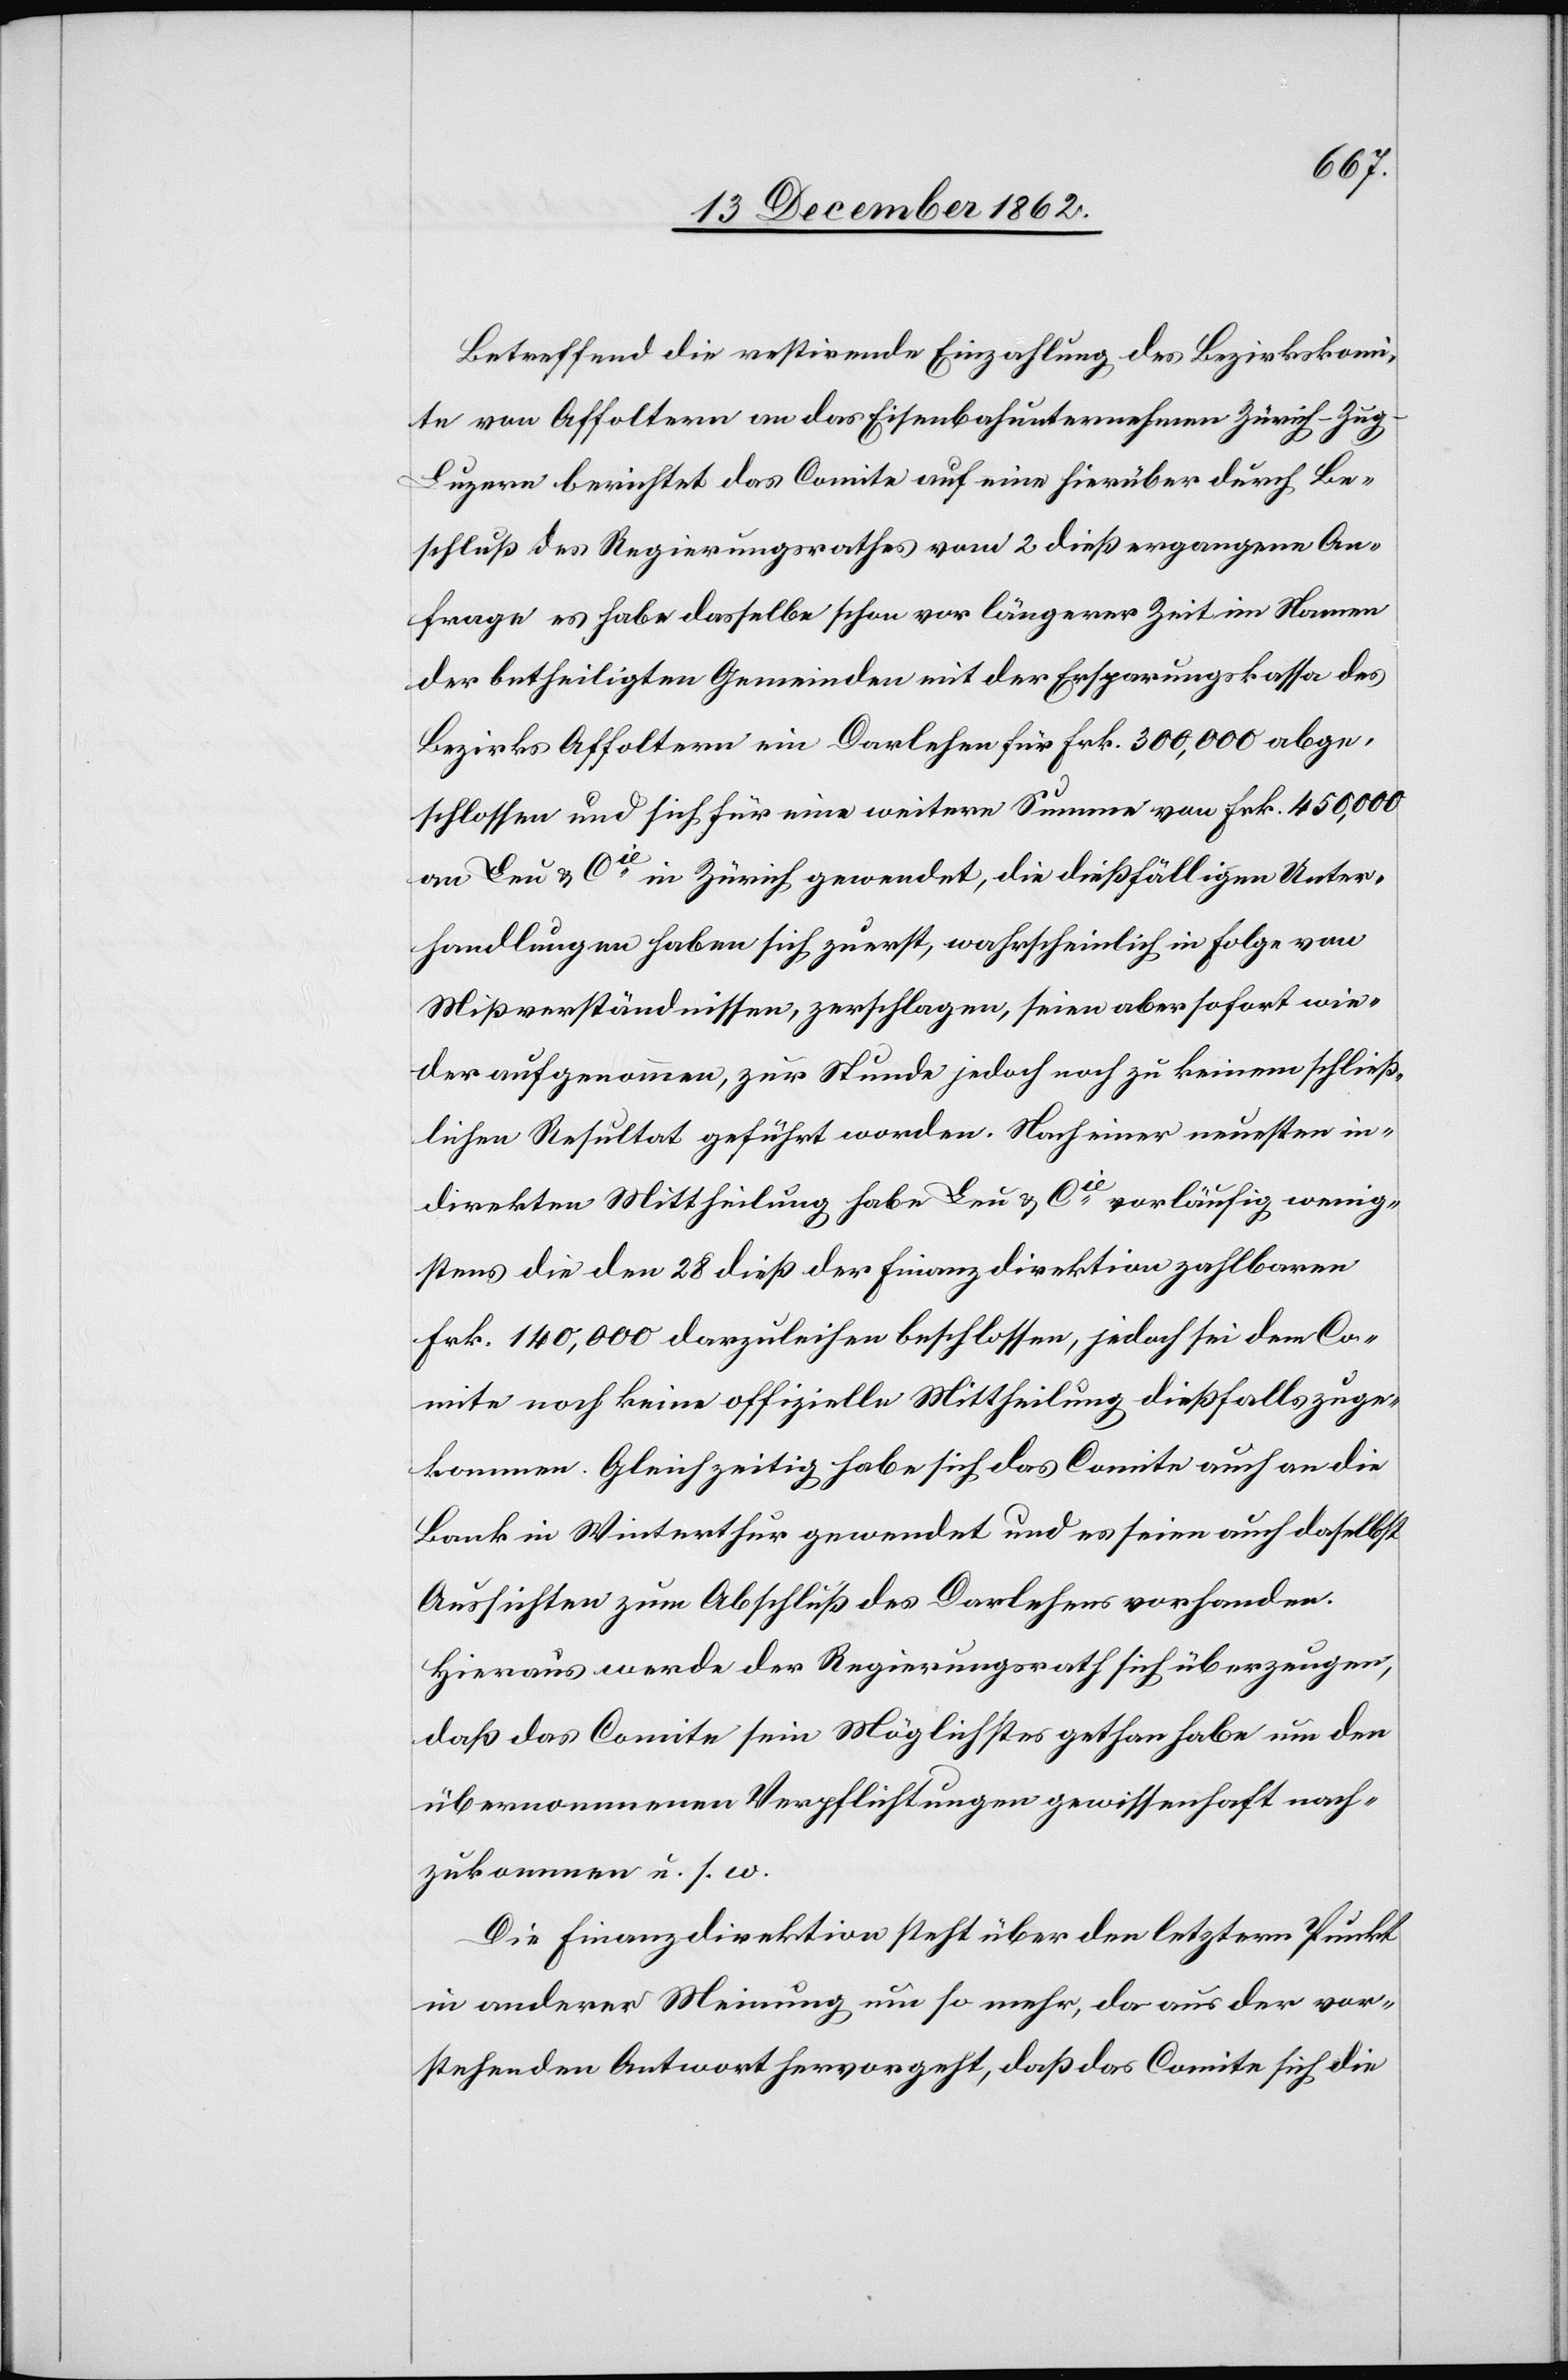
Betreffend die restirende Einzahlung des Bezirkskomi¬
te von Affoltern an das Eisenbahnunternehmen Zürich–Zug–L¬
uzern berichtet das Comite auf eine hierüber durch Be¬
schluß des Regierungsrathes vom 2. dieß ergangene An¬
frage es habe dasselbe schon vor längerer Zeit im Namen
der betheiligten Gemeinden mit der Ersparungskassa des
Bezirks Affoltern ein Darlehen für Frk. 300,000 abge¬
schlossen und sich für eine weitere Summe von Frk. 450,000
an Leu u. Cie in Zürich gewendet, die dießfälligen Unter¬
handlungen haben sich zuerst, wahrscheinlich in Folge von
Mißverständnissen, zerschlagen, seien aber sofort wie¬
der aufgenommen, zur Stunde jedoch noch zu keinem schließ¬
lichen Resultat geführt worden. Nach einer neusten in¬
direkten Mittheilung habe Leu u. Cie vorläufig wenig¬
stens die den 28. dieß der Finanzdirektion zahlbaren
Frk. 140,000 darzuleihen beschlossen, jedoch sei dem Co¬
mite noch keine offizielle Mittheilung dießfalls zuge¬
kommen. Gleichzeitig habe sich das Comite auch an die
Bank in Winterthur gewendet und es seien auch daselbst
Aussichten zum Abschluß des Darlehens vorhanden.
Hieraus werde der Regierungsrath sich überzeugen,
daß das Comite sein Möglichstes gethan habe um den
übernommenen Verpflichtungen gewissenhaft nach¬
zukommen u. s. w.
Die Finanzdirektion steht über den letztern Punkt
in anderer Meinung um so mehr, da aus der vor¬
stehenden Antwort hervorgeht, daß das Comite sich die